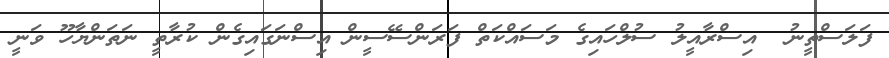
ފަލަސްތީނު  އިސްރާއީލު ސުލްހައިގެ މަސައްކަތް ފަރަންސޭސީން އިސްނަގައިގެން ކުރާތީ ނަތަންޔާހޫ ވަނީ